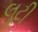
લૂટી